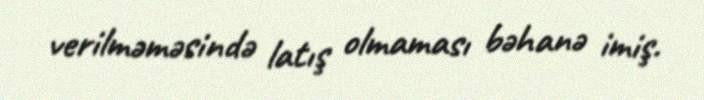
verilməməsində latış olmaması bəhanə imiş.